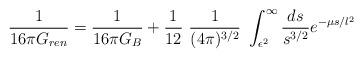
LaTeX: \begin{align*}{1\over 16\pi G_{ren}}={1\over 16\pi G_B}+{1\over 12}~{1\over (4\pi)^{3/2}}~\int_{\epsilon^2}^{\infty}{ds\over s^{3/2}}e^{-\mu s/ l^2}\end{align*}